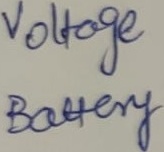
Text: Voltage Battery